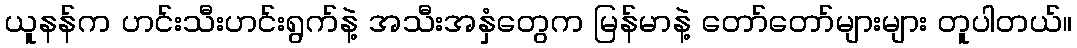
ယူနန်က ဟင်းသီးဟင်းရွက်နဲ့ အသီးအနှံတွေက မြန်မာနဲ့ တော်တော်များများ တူပါတယ်။